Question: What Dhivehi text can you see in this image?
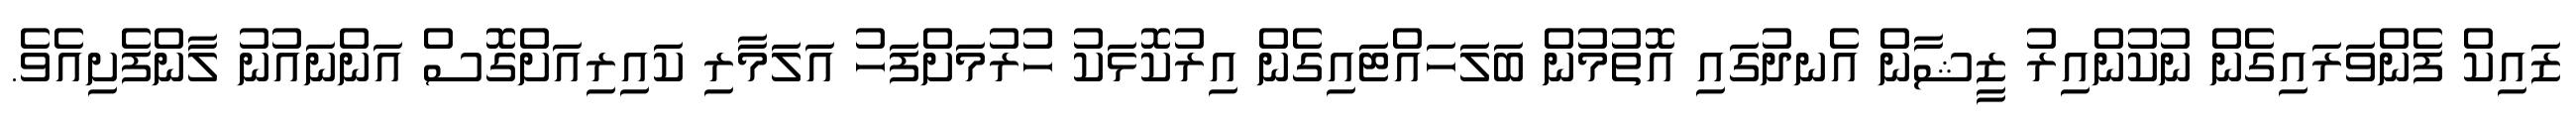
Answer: ޒައިކް ފެންވަރައިގެން ނުކުންއިރު ޒީޝާން އެނދުގައި އޮތުމުން ބަލަހައްޓައިގެން އިރުކޮޅަކު ހުރުމަށްފަހު އަލަމާރި ކައިރިއަށްގޮސް އަންނައުނު ލާންފެށިއެވެ.